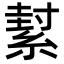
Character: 𦂌